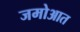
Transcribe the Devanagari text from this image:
जमोआत